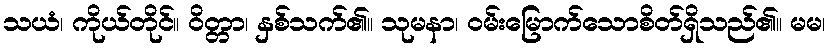
သယံ၊ ကိုယ်တိုင်။ ဝိတ္တာ၊ နှစ်သက်၏။ သုမနာ၊ ဝမ်းမြောက်သောစိတ်ရှိသည်၏။ မမ၊